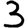
Digit: 3